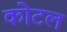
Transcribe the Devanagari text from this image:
कोटल